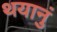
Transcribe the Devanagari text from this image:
थयानुं